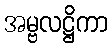
အမ္ဗလဋ္ဌိကာ